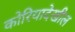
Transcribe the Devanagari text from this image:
कोरियादेखील